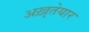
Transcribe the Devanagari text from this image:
अख़्तेयार